Scottish Leaving Certificate Examination, 1957
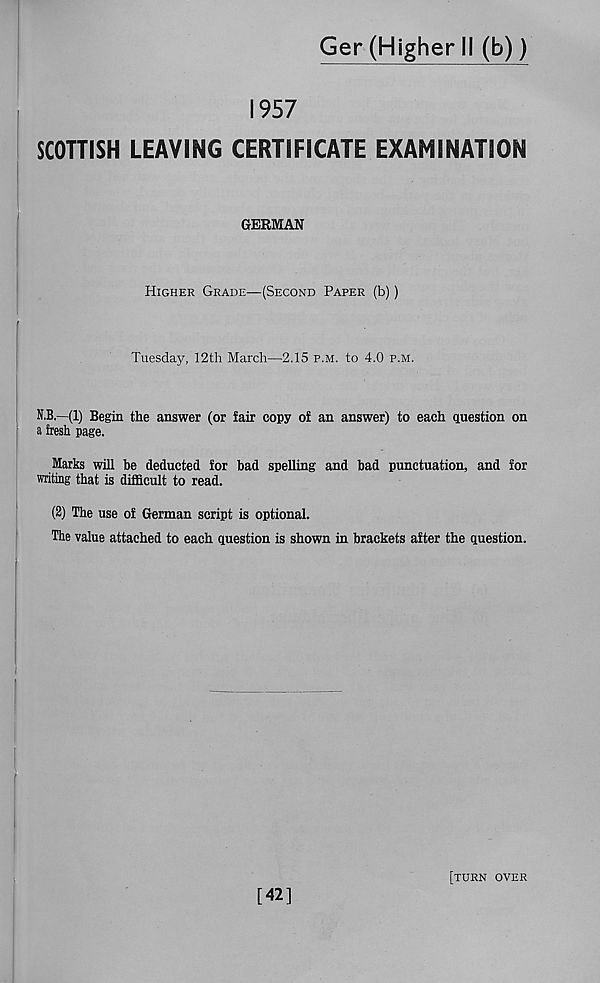
Ger (Higher II (b))
1957
SCOTTISH LEAVING CERTIFICATE EXAMINATION
GERMAN
Higher Grade—(Second Paper (b))
Tuesday, 12th March—2.15 p.m. to 4.0 p.m.
N.B.—(1) Begin the answer (or fair copy of an answer) to each question on
a fresh page.
Marks will be deducted for bad spelling and bad punctuation, and for
writing that is difficult to read.
(2) The use of German script is optional.
The value attached to each question is shown in brackets after the question.
[42]
[turn over